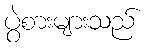
ပွဲစားများသည်